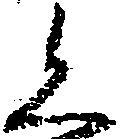
く